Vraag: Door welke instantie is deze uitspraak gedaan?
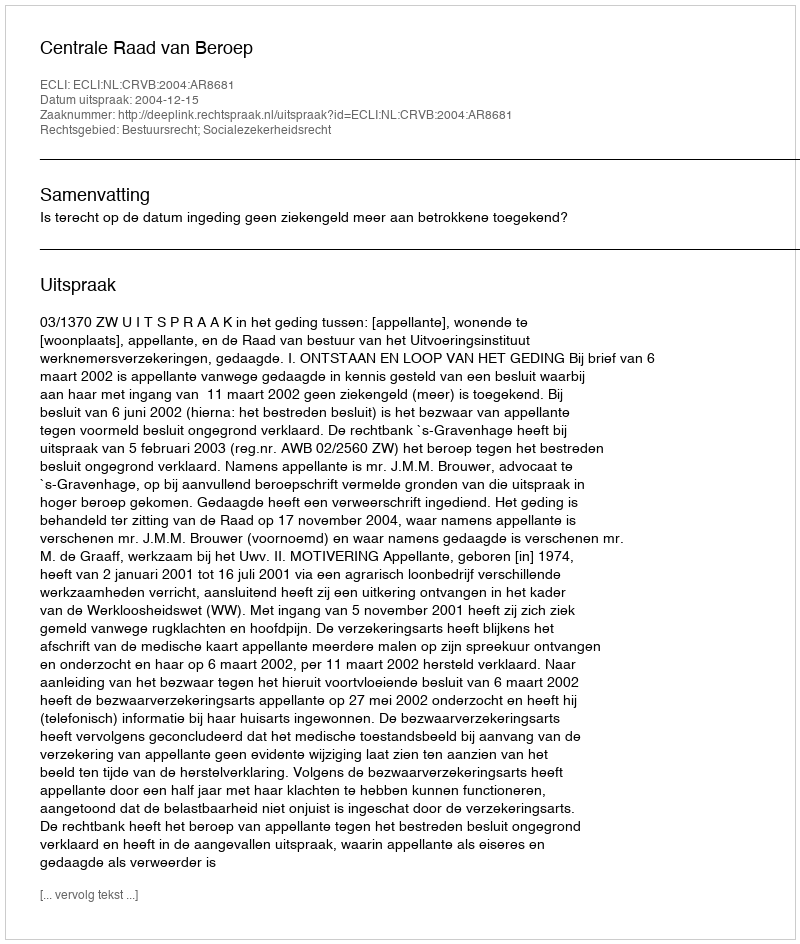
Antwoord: Centrale Raad van Beroep